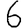
Digit: 6